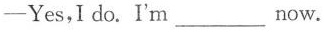
-Yes,I do. I'm___now.